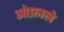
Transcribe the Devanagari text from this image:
ओफ़ाले